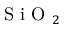
\textrm { S i O } _ { 2 }